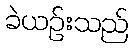
ခဲယဉ်းသည်